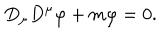
D _ { \mu } D ^ { \mu } \varphi + m \varphi = 0 .